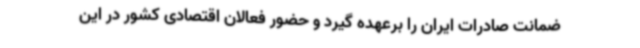
ضمانت صادرات ایران را برعهده گیرد و حضور فعالان اقتصادی کشور در این